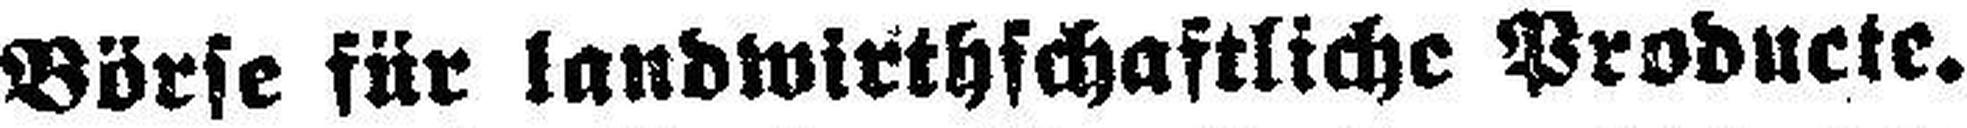
Börse für landwirthschaftliche Producte.